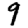
Digit: 9